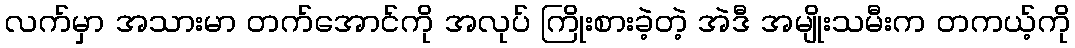
လက်မှာ အသားမာ တက်အောင်ကို အလုပ် ကြိုးစားခဲ့တဲ့ အဲဒီ အမျိုးသမီးက တကယ့်ကို